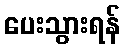
ပေးသွားရန်